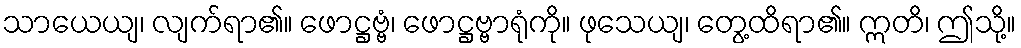
သာယေယျ၊ လျက်ရာ၏။ ဖောဋ္ဌဗ္ဗံ၊ ဖောဋ္ဌဗ္ဗာရုံကို။ ဖုသေယျ၊ တွေ့ထိရာ၏။ ဣတိ၊ ဤသို့။